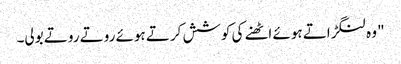
" وہ لنگڑاتے ہوئے اٹھنے کی کوشش کرتے ہوئے روتے روتے بولی۔